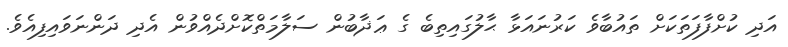
އަދި ކުށްފާފަތަކަށް ތައުބާވެ ކަރުނައަޅާ ޙާލުގައިތިބެ ގެ ޢަޛާބުން ސަލާމަތްކޮށްދެއްވުން އެދި ދަންނަވައިފިއެވެ.